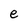
Character: e